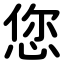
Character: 您